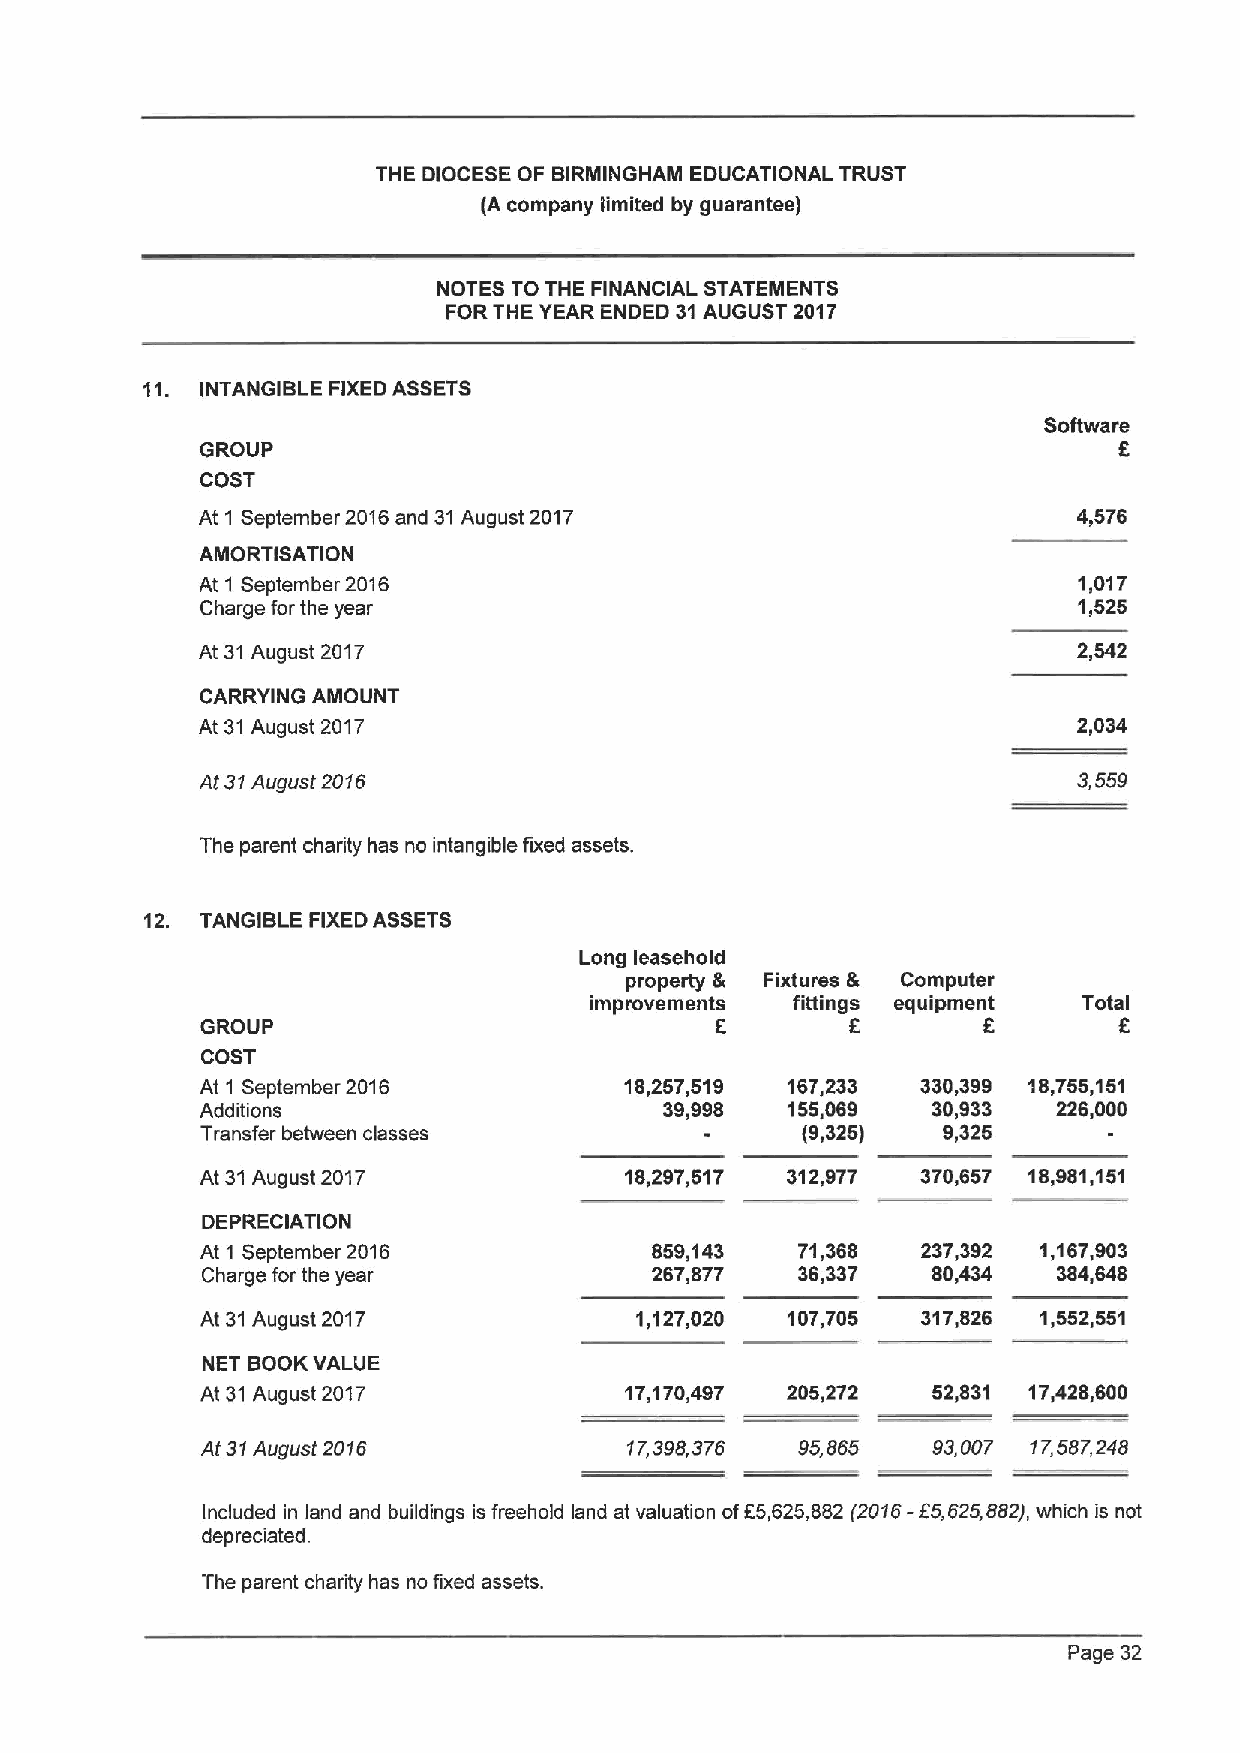
THE DIOCESE OF BIRMINGHAM EDUCATIONAL TRUST
 (A company iimited by guarantee)
 NOTES TO THE FINANCIAL STATEMENTS
 FORTHE YEAR ENDED 31AUGUST 2017
 11. INTANGIBLE FIXEDASSETS
 Software
 GROUP                                                        6
 COST
 At 1 September 2016and 31August 2017                      4,576
 AMORTISATION
 At 1 September 2016                                       1,017
 Charge for the year                                       1,525
 At 31August 2017                                          2,542
 CARRYING AMOUNT
 At 31August 2017                                          2,034
 At 31August 2016                                          3,559
 The parent charity has no intangible fixed assets.
 12. TANGIBLE FIXEDASSETS
 Long leasehold
 property & Fixtures & Computer
 improvements fittings equipment  Total
 GROUP                             6                 6        6
 COST
 At 1 September 2016         18,257,519 167,233  330,399 18,755,151
 Additions                      39,998  155,069   30,933  226,000
 Transfer between classes                (9,325)  9,325
 At 31August 2017            18,297,517 312,977  370,657 18,981,151
 DEPRECIATION
 At 1 September 2016           859,143   71,368  237,392 1,167,903
 Charge for the year           267,877   36,337   80,434  384,648
 At 31August 2017             1,127,020 107,705  317,826 1,552,551
 NET BOOKVALUE
 At 31August 2017            17,170,497 205,272   52,831 17,428,600
 At 31August 2016             17,398,376 95,855   93,007 17,587,248
 Included in land and buildings is freehold land at valuation of65625882 (2016-65625882), which is not
 depreciated.
 The parent charity has no fixed assets.
 Page 32